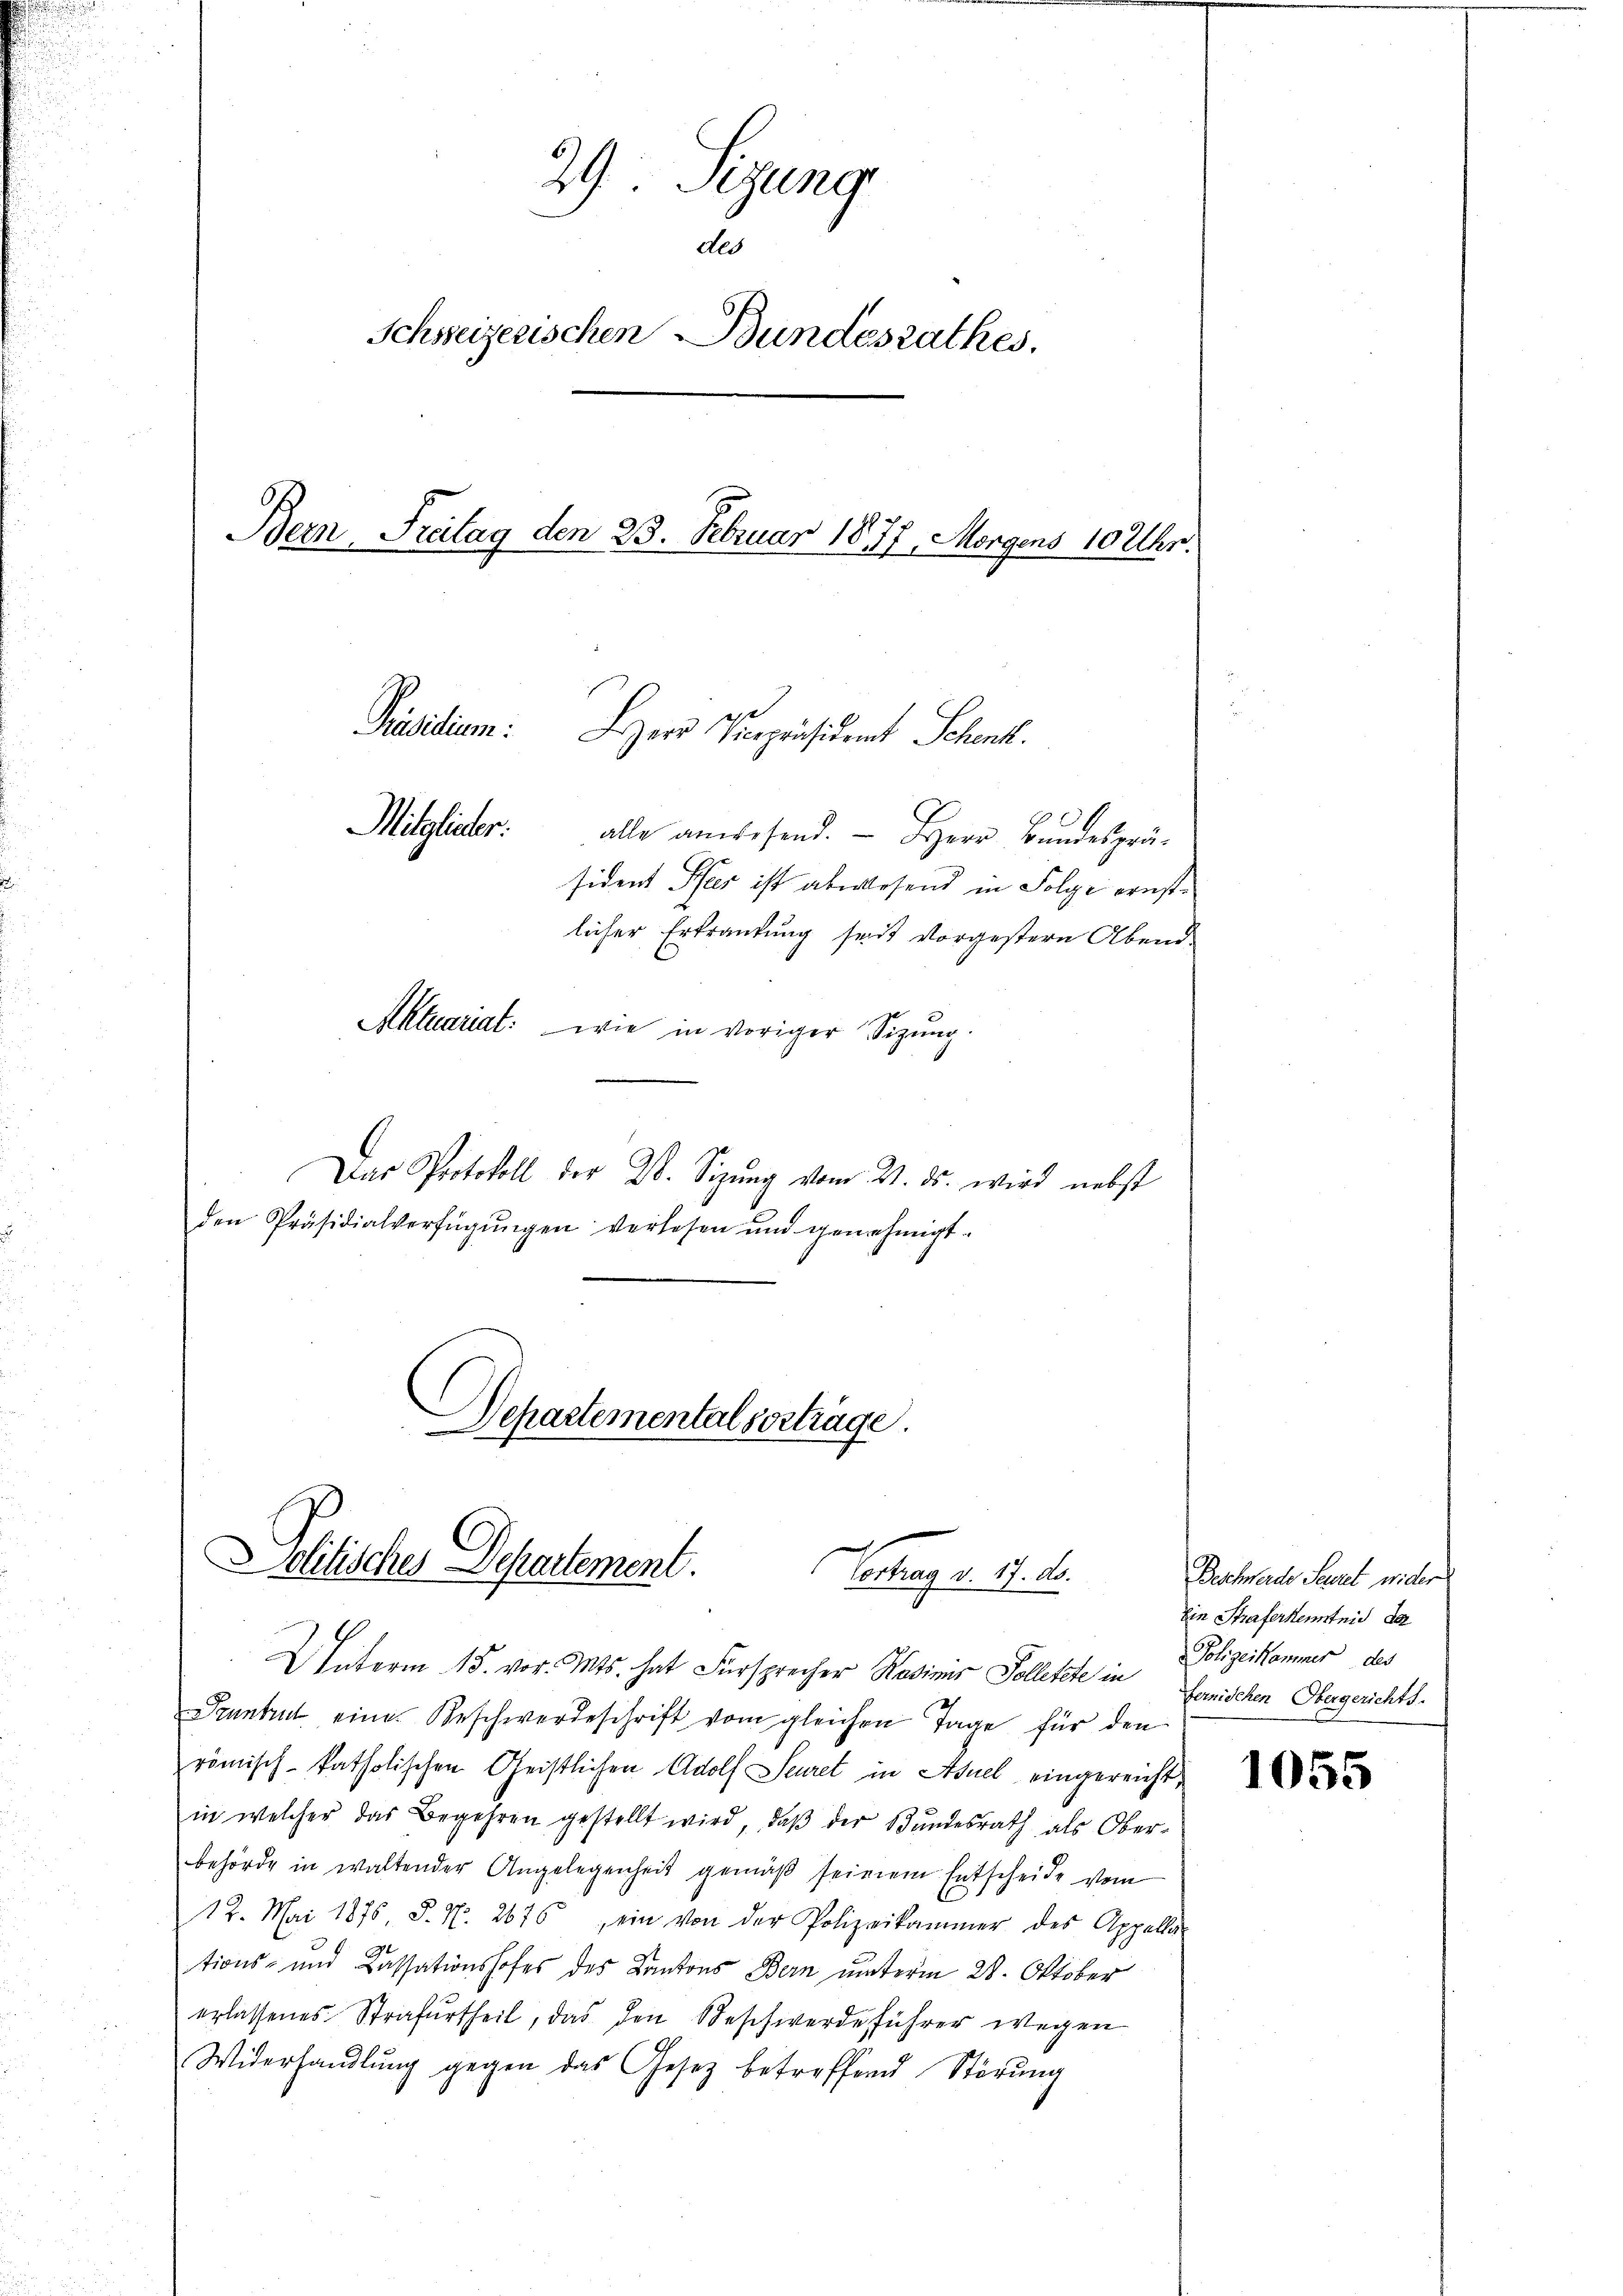
29 Sizung
dlo
Schweizerischen Bundesrathes.

Bern, Freitag den 23. Februar 1877, Morgens 10 Uhr.
Mitglieder.
alle anwesend. Herr Bundespräsident Pfer ist abwesend in Folge ernstlicher Erkrankung seit vorgestern Abend-
Aktuariat: wie in voriger Sitzung.

Das Protokoll der 26. Sizung vom 4. ds. wird nebst
den Präsidialverfügŭngen verlesen und genehmigt.

Präsidium. Herr Vicepräsident Schenkt.

Departemental vorträge
Dolitisches Departement.
Vortrag d. 17. ds.

U Interm 15. vor. Mts. hat Fürsprecher Kasinis Solletete in
Pruntrut eine Beschwerdeschrift vom gleichen Tage für den
römisch-katholischen Geistlichen Adolf Seuret in Aduel eingereichtin welcher das Begehren gestellt wird, daß der Bundesrath als Oberbehörde in waltender Angelegenheit gemäß seinem Entscheide vom
12. Mai 1876, S. N. 2676 ein von der Polizeikammer des Appella-
tions- und Cassationshofes des Kantons Bern unterm 28. Oktober
erlassenes Strafurtheil, das den Beschwerde führer wegen
Widerhandlŭng gegen das Gesetz betreffend Störŭng

Beschwerde Secret wider
Ein Straferkenntnis da
Polizeikammer des
fernischen Obergerichts.

1055